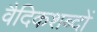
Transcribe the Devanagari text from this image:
वैदिकशब्दों